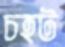
চহট